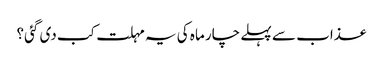
عذاب سے پہلے چار ماہ کی یہ مہلت کب دی گئی؟